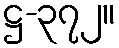
ဋ္ဌ-၃၇၂။